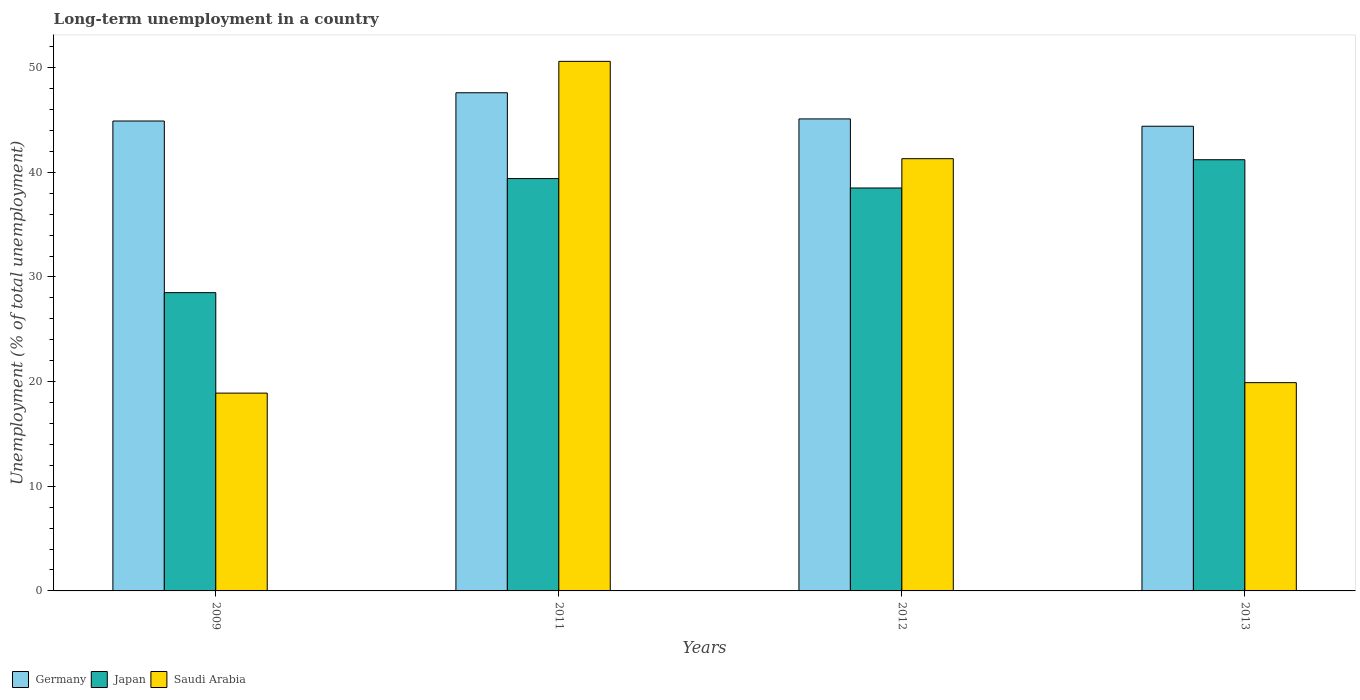
| Years | Germany | Japan | Saudi Arabia |
 | --- | --- | --- | --- |
 | 2009 | 44.9 | 28.5 | 18.9 |
 | 2011 | 47.6 | 39.4 | 50.6 |
 | 2012 | 45.1 | 38.5 | 41.3 |
 | 2013 | 44.4 | 41.2 | 19.9 |